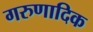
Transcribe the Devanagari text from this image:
गरुणादिक